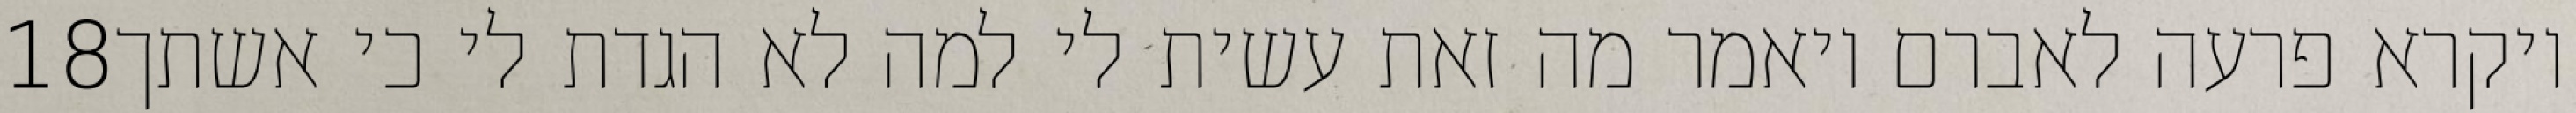
‎18‏ ויקרא פרעה לאברם ויאמר מה זאת עשית לי למה לא הגדת לי כי אשתך